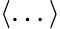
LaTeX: \left\langle...\right\rangle